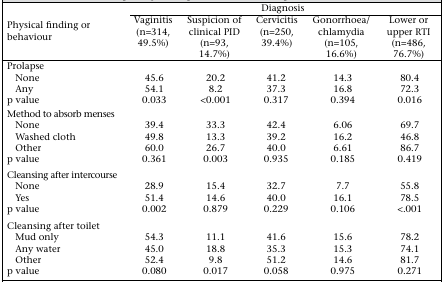
<table><thead><tr><td rowspan="2"><b>Physical finding or behaviour</b></td><td colspan="5"><b>Diagnosis</b></td></tr><tr><td><b>Vaginitis (n=314, 49.5%)</b></td><td><b>Suspicion of clinical PID (n=93, 14.7%)</b></td><td><b>Cervicitis (n=250, 39.4%)</b></td><td><b>Gonorrhoea/ chlamydia (n=105, 16.6%)</b></td><td><b>Lower or upper RTI (n=486, 76.7%)</b></td></tr></thead><tbody><tr><td>Prolapse</td><td></td><td></td><td></td><td></td><td></td></tr><tr><td>None</td><td>45.6</td><td>20.2</td><td>41.2</td><td>14.3</td><td>80.4</td></tr><tr><td>Any</td><td>54.1</td><td>8.2</td><td>37.3</td><td>16.8</td><td>72.3</td></tr><tr><td>p value</td><td>0.033</td><td>&lt;0.001</td><td>0.317</td><td>0.394</td><td>0.016</td></tr><tr><td>Method to absorb menses</td><td></td><td></td><td></td><td></td><td></td></tr><tr><td>None</td><td>39.4</td><td>33.3</td><td>42.4</td><td>6.06</td><td>69.7</td></tr><tr><td>Washed cloth</td><td>49.8</td><td>13.3</td><td>39.2</td><td>16.2</td><td>46.8</td></tr><tr><td>Other</td><td>60.0</td><td>26.7</td><td>40.0</td><td>6.61</td><td>86.7</td></tr><tr><td>p value</td><td>0.361</td><td>0.003</td><td>0.935</td><td>0.185</td><td>0.419</td></tr><tr><td>Cleansing after intercourse</td><td></td><td></td><td></td><td></td><td></td></tr><tr><td>None</td><td>28.9</td><td>15.4</td><td>32.7</td><td>7.7</td><td>55.8</td></tr><tr><td>Yes</td><td>51.4</td><td>14.6</td><td>40.0</td><td>16.1</td><td>78.5</td></tr><tr><td>p value</td><td>0.002</td><td>0.879</td><td>0.229</td><td>0.106</td><td>&lt;.001</td></tr><tr><td>Cleansing after toilet</td><td></td><td></td><td></td><td></td><td></td></tr><tr><td>Mud only</td><td>54.3</td><td>11.1</td><td>41.6</td><td>15.6</td><td>78.2</td></tr><tr><td>Any water</td><td>45.0</td><td>18.8</td><td>35.3</td><td>15.3</td><td>74.1</td></tr><tr><td>Other</td><td>52.4</td><td>9.8</td><td>51.2</td><td>14.6</td><td>81.7</td></tr><tr><td>p value</td><td>0.080</td><td>0.017</td><td>0.058</td><td>0.975</td><td>0.271</td></tr></tbody></table>